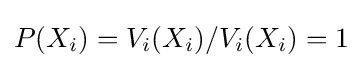
P(X_{i})=V_{i}(X_{i})/V_{i}(X_{i})=1